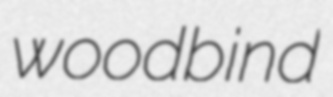
woodbind